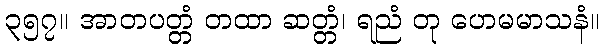
၃၅၇။ အာတပတ္တံ တထာ ဆတ္တံ၊ ရညံ တု ဟေမမာသနံ။